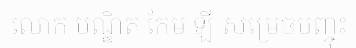
លោក បណ្ឌិត កែម ឡី សម្រេចបញ្ចុះ